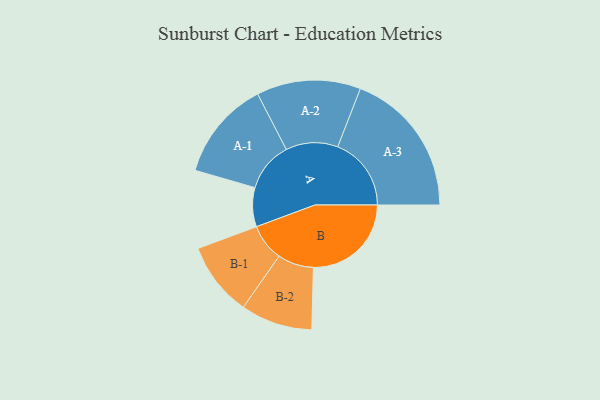
{"axis": {"x": "Segment", "y": "Value"}, "legend": ["", "A", "B"], "data": [{"x": "A", "y": 138, "type": ""}, {"x": "B", "y": 346, "type": ""}, {"x": "A-1", "y": 176, "type": "A"}, {"x": "A-2", "y": 184, "type": "A"}, {"x": "A-3", "y": 260, "type": "A"}, {"x": "B-1", "y": 131, "type": "B"}, {"x": "B-2", "y": 127, "type": "B"}]}